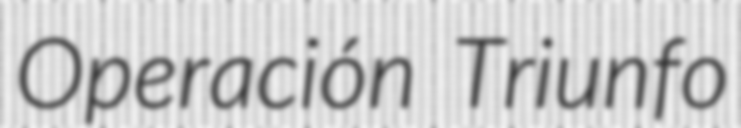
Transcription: Operación Triunfo